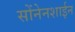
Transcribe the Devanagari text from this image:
सोंनेनशाईन